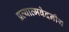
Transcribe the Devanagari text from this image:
प्रत्यात्मवेदनीय